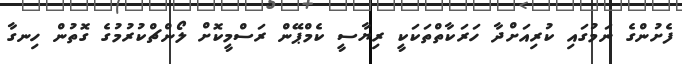
ފެށުންގެ ނަމުގައި ކުރިއަށްދާ ހަރަކާތްތަކަކީ ރިޔާސީ ކެމްޕޭން ރަސްމީކޮށް ލޯންޗްކުރުމުގެ ގޮތުން ހިނގާ